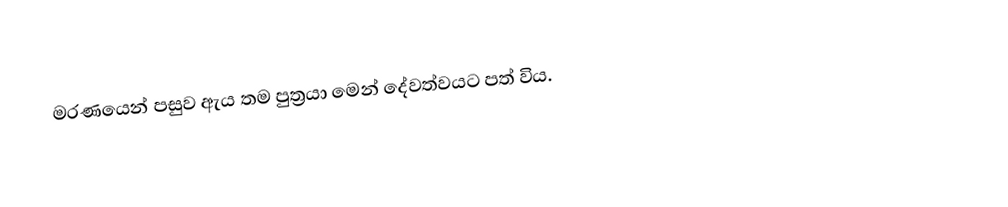
මරණයෙන් පසුව ඇය තම පුත්‍රයා මෙන් දේවත්වයට පත් විය.